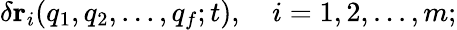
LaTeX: \delta\mathbf{r}_{i}(q_{1},q_{2},...,q_{f};t),\quad i=1,2,...,m;